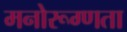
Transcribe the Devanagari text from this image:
मनोरूग्णता